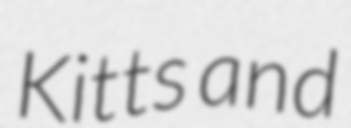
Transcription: Kitts and